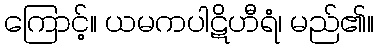
ကြောင့်။ ယမကပါဋိဟီရံ၊ မည်၏။